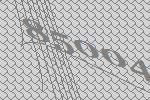
85004